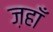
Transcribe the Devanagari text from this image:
ज़हाँ